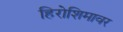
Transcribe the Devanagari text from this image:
हिरोशिमावर